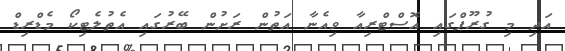
އަދި މި ގުރޫޕްގައި އޮސްޓްރިއާ ވިއެނާ އަތުން ރަށުން ބޭރުގައި އެތުލެޓިކޯ މެޑްރިޑް